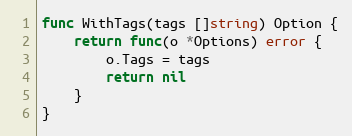
Language: Go
func WithTags(tags []string) Option {
	return func(o *Options) error {
		o.Tags = tags
		return nil
	}
}